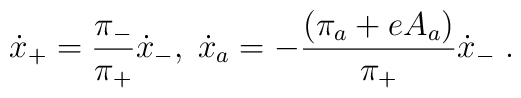
\dot{x}_{+}=\frac{\pi_{-}}{\pi_{+}}\dot{x}_{-},\;\dot{x}_{a}=-\frac{(\pi_{a}+eA_{a})}{\pi_{+}}\dot{x}_{-}\;.